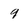
Character: 9